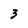
Character: 3